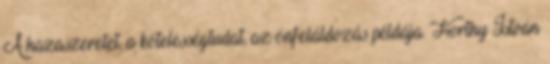
A hazaszeretet, a kötelességtudat, az önfeláldozás példája. Horthy István